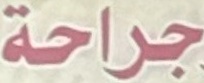
جراحة